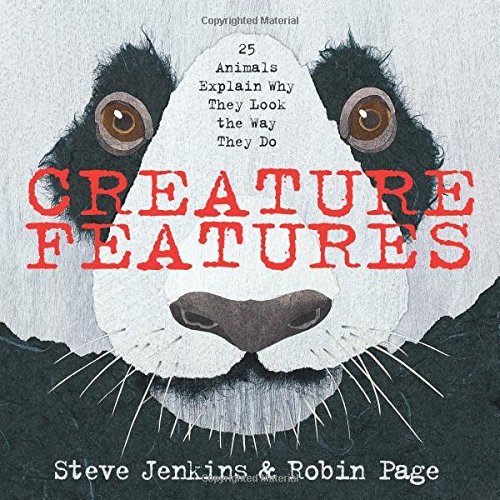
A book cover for Creature Features: Twenty-Five Animals Explain Why They Look the Way They Do; Steve Jenkins; Children's Books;